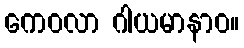
ကေဝလာ ဂါယမာနာဝ။